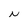
Character: N